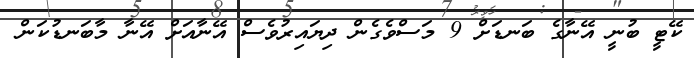
ކޭޓީ ބުނީ އޭނާގެ ބަނޑަށް 9 މަސްވެގެން ދިޔައިރުވެސް އޭނާއަށް އޭނާ މާބަނޑުކަން